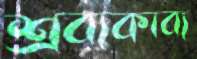
শ্রব্যকাব্য